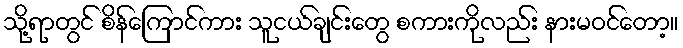
သို့ရာတွင် စိန်ကြောင်ကား သူငယ်ချင်းတွေ စကားကိုလည်း နားမဝင်တော့။